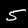
Digit: 5